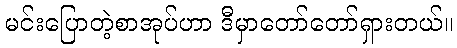
မင်းပြောတဲ့စာအုပ်ဟာ ဒီမှာတော်တော်ရှားတယ်။